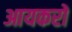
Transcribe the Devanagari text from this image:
आयकरों